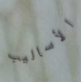
الأساليب